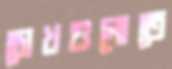
চোখগুলোতে